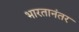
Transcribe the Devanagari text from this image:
भारतानंतर